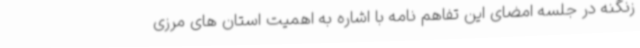
زنگنه در جلسه امضای این تفاهم نامه با اشاره به اهمیت استان های مرزی